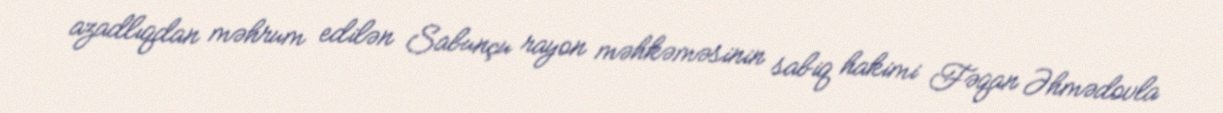
azadlıqdan məhrum edilən Sabunçu rayon məhkəməsinin sabiq hakimi Fəqan Əhmədovla